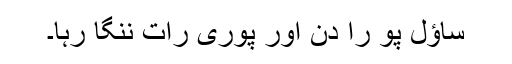
ساؤل پو را دن اور پوری رات ننگا رہا۔